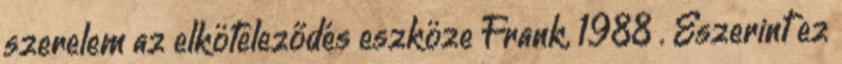
szerelem az elköteleződés eszköze Frank, 1988 . Eszerint ez